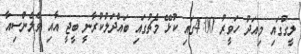
ލީގުގައި މިއަދު ހަވީރު 4:00ގައި ކުޅޭ މެޗުގައި ބައްދަލުކުރާނީ ބީޖީ އާއި ވެލެންސިއާ